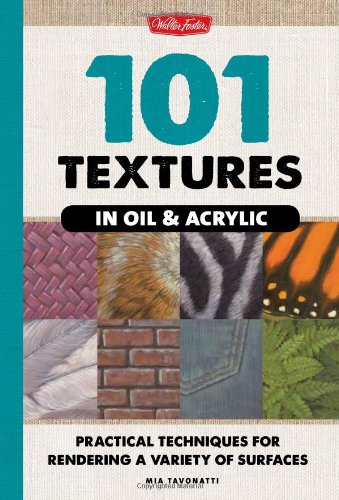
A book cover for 101 Textures in Oil & Acrylic: Practical Techniques for Rendering a Variety of Surfaces; Mia Tavonatti; Arts & Photography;